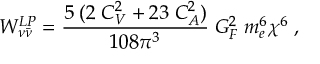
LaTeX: { W } _ { \nu { \bar { \nu } } } ^ { L P } = \frac { 5 \; ( 2 \; C _ { V } ^ { 2 } + 2 3 \; C _ { A } ^ { 2 } ) } { 1 0 8 \pi ^ { 3 } } \; G _ { F } ^ { 2 } \; m _ { e } ^ { 6 } \chi ^ { 6 } \; ,